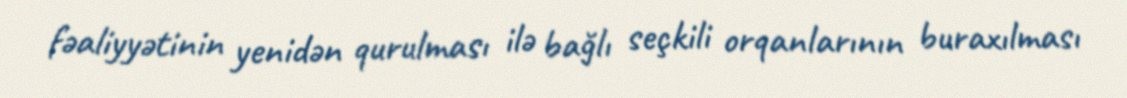
fəaliyyətinin yenidən qurulması ilə bağlı seçkili orqanlarının buraxılması